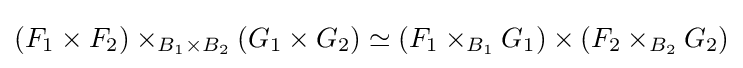
(F_{1}\times F_{2})\times _{B_{1}\times B_{2}}(G_{1}\times G_{2})\simeq (F_{1}\times _{B_{1}}G_{1})\times (F_{2}\times _{B_{2}}G_{2})